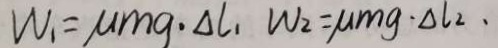
W _ { 1 } = \mu m g \cdot \Delta l _ { 1 } W _ { 2 } = \mu m g \cdot \Delta l _ { 2 } \cdot